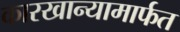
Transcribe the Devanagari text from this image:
कारखान्यामार्फत